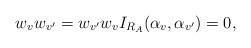
LaTeX: \begin{align*}w_{v}w_{v'}=w_{v'}w_{v}I_{ {R}_A} ({\alpha}_{v}, {\alpha}_{v'})=0, \end{align*}